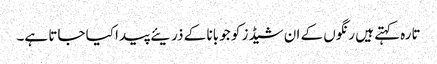
تارہ کہتے ہیں رنگوں کے ان شیڈز کو جو بانا کے ذریئے پیدا کیا جاتا ہے۔